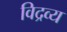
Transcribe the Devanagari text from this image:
विद्रव्य